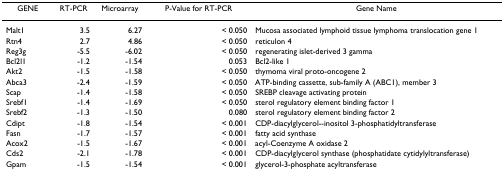
<table><thead><tr><td><b>GENE</b></td><td><b>RT-PCR</b></td><td><b>Microarray</b></td><td><b>P-Value for RT-PCR</b></td><td><b>Gene Name</b></td></tr></thead><tbody><tr><td>Malt1</td><td>3.5</td><td>6.27</td><td>&lt; 0.050</td><td>Mucosa associated lymphoid tissue lymphoma translocation gene 1</td></tr><tr><td>Rtn4</td><td>2.7</td><td>4.86</td><td>&lt; 0.050</td><td>reticulon 4</td></tr><tr><td>Reg3g</td><td>-5.5</td><td>-6.02</td><td>&lt; 0.050</td><td>regenerating islet-derived 3 gamma</td></tr><tr><td>Bcl2l1</td><td>-1.2</td><td>-1.54</td><td>0.053</td><td>Bcl2-like 1</td></tr><tr><td>Akt2</td><td>-1.5</td><td>-1.58</td><td>&lt; 0.050</td><td>thymoma viral proto-oncogene 2</td></tr><tr><td>Abca3</td><td>-2.4</td><td>-1.59</td><td>&lt; 0.050</td><td>ATP-binding cassette, sub-family A (ABC1), member 3</td></tr><tr><td>Scap</td><td>-1.4</td><td>-1.58</td><td>&lt; 0.050</td><td>SREBP cleavage activating protein</td></tr><tr><td>Srebf1</td><td>-1.4</td><td>-1.69</td><td>&lt; 0.050</td><td>sterol regulatory element binding factor 1</td></tr><tr><td>Srebf2</td><td>-1.3</td><td>-1.50</td><td>0.080</td><td>sterol regulatory element binding factor 2</td></tr><tr><td>Cdipt</td><td>-1.8</td><td>-1.54</td><td>&lt; 0.001</td><td>CDP-diacylglycerol--inositol 3-phosphatidyltransferase</td></tr><tr><td>Fasn</td><td>-1.7</td><td>-1.57</td><td>&lt; 0.001</td><td>fatty acid synthase</td></tr><tr><td>Acox2</td><td>-1.5</td><td>-1.67</td><td>&lt; 0.001</td><td>acyl-Coenzyme A oxidase 2</td></tr><tr><td>Cds2</td><td>-2.1</td><td>-1.78</td><td>&lt; 0.001</td><td>CDP-diacylglycerol synthase (phosphatidate cytidylyltransferase)</td></tr><tr><td>Gpam</td><td>-1.5</td><td>-1.54</td><td>&lt; 0.001</td><td>glycerol-3-phosphate acyltransferase</td></tr></tbody></table>